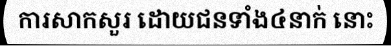
ការសាកសួរ ដោយជនទាំង៤នាក់ នោះ